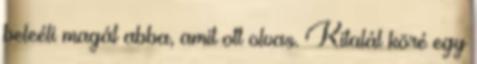
beleéli magát abba, amit ott olvas. Kitalál köré egy